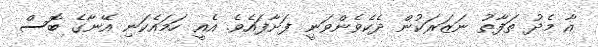
އާ މެދު ތަފާތު ނަޒަރަކުން ދެކެވެންވަނީ ފަށާފައެވެ. އެއީ ހަމައެކަނި އޭނާގެ ބޮސް